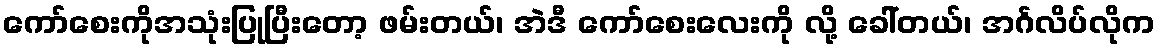
ကော်စေးကိုအသုံးပြုပြီးတော့ ဖမ်းတယ်၊ အဲဒီ ကော်စေးလေးကို လို့ ခေါ်တယ်၊ အင်္ဂလိပ်လိုက